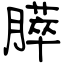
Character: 膵